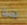
هيا